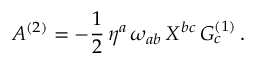
A ^ { ( 2 ) } = - { \frac { 1 } { 2 } } \, \eta ^ { a } \, \omega _ { a b } \, X ^ { b c } \, G _ { c } ^ { ( 1 ) } \, .